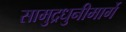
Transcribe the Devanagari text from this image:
सामुद्रधुनीमार्गे